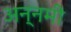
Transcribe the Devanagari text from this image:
अन्नमी